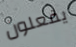
يفعلون